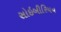
સોઇબીરિયન